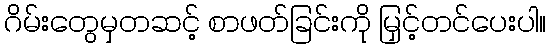
ဂိမ်းတွေမှတဆင့် စာဖတ်ခြင်းကို မြှင့်တင်ပေးပါ။